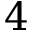
4